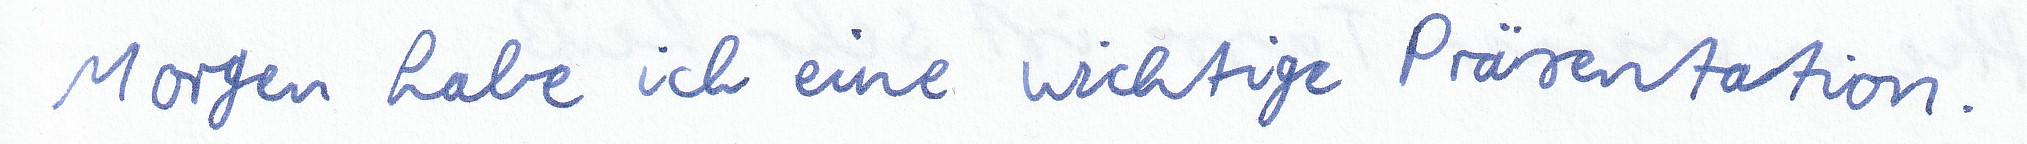
Morgen habe ich eine wichtige Präsentation.